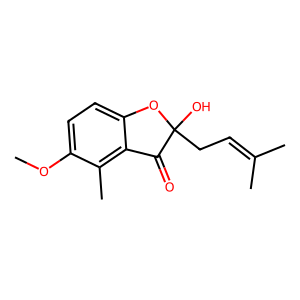
SMILES: COc1ccc2c(c1C)C(=O)C(O)(CC=C(C)C)O2
Inhibits HIV replication: No